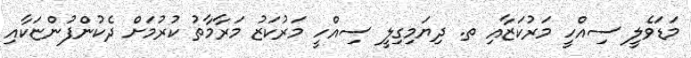
މަޑަވެލީ ސިއްހީ މަރުކަޒާއި ތ. ދިޔަމިގިލީ ސިއްހީ މަރުކަޒު މަރާމާތު ކުރުމަށް ދެކުންފުންޏަކާއި